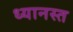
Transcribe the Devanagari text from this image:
ध्यानस्त